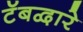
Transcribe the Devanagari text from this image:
टॅबद्वारे